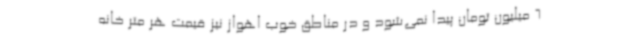
6 میلیون تومان پیدا نمی‌شود و در مناطق خوب اهواز نیز قیمت هر متر خانه